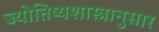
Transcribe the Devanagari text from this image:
ज्योतिष्यशास्त्रानुसार